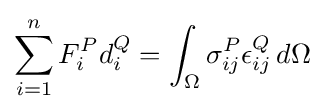
\sum _{i=1}^{n}F_{i}^{P}d_{i}^{Q}=\int _{\Omega }\sigma _{ij}^{P}\epsilon _{ij}^{Q}\,d\Omega